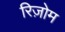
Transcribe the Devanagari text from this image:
रिज़ोम